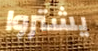
يشتروا